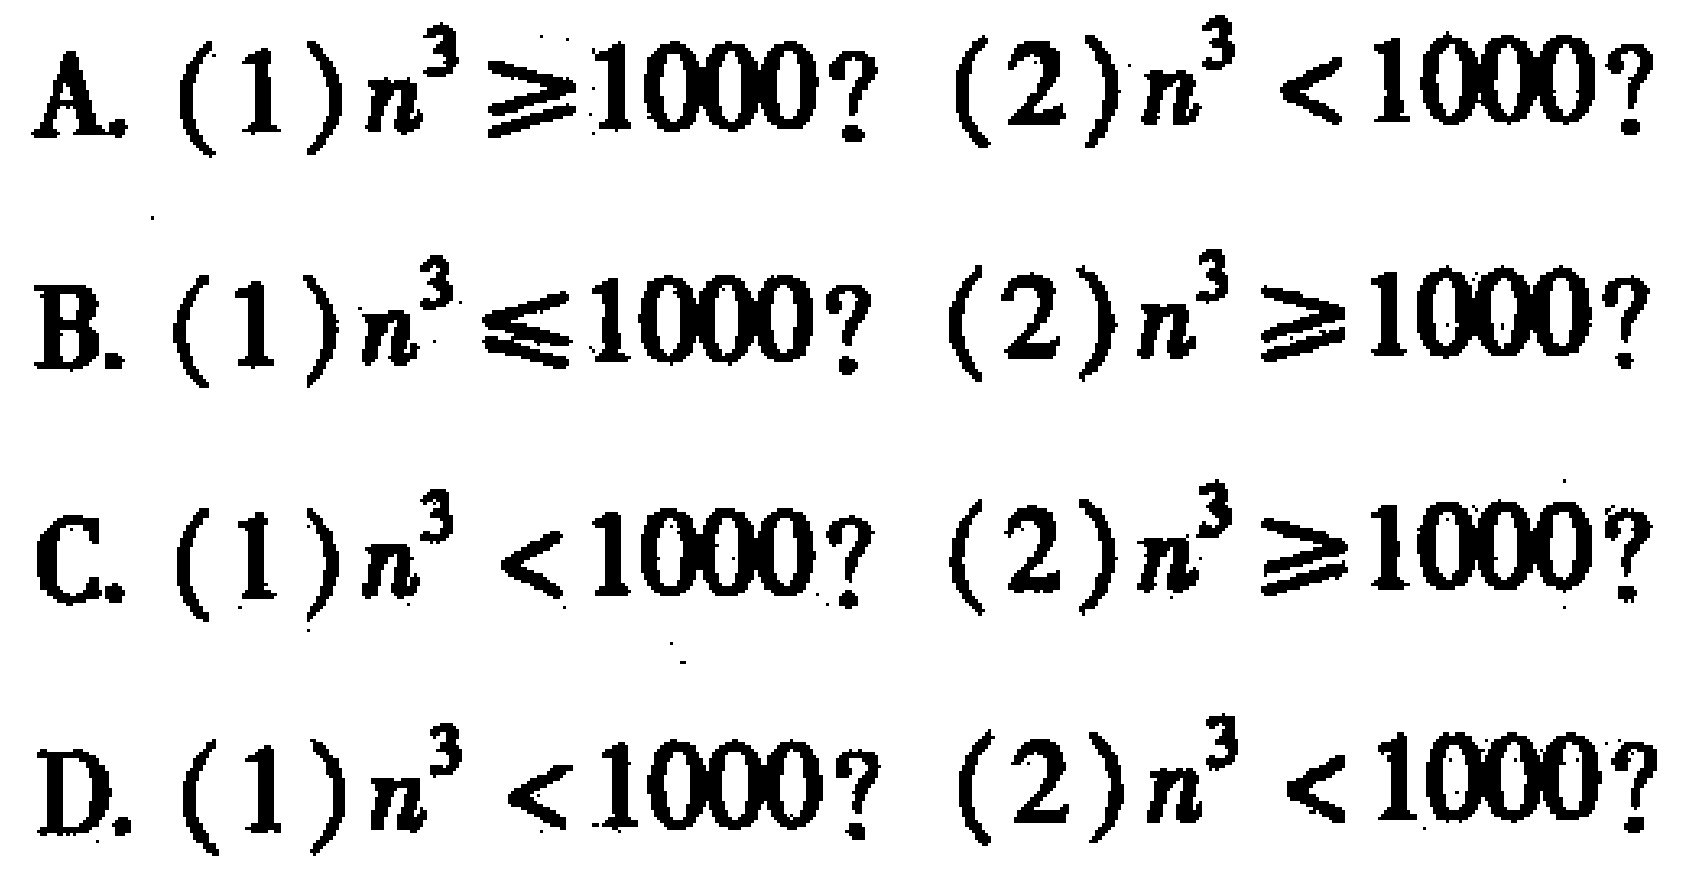
A. (1) \(n^{3}\geq1000?\) (2) \(n^{3}<1000?\)
B. (1) \(n^{3}\leq1000?\) (2) \(n^{3}\geq1000?\)
C. (1) \(n^{3}<1000?\) (2) \(n^{3}\geq1000?\)
D. (1) \(n^{3}<1000?\) (2) \(n^{3}<1000?\)